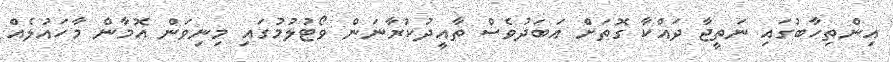
އިންތިހާބުގައި ނަތީޖާ ދައްކާ ގޮތަށް އަބަދުވެސް ތާއީދުކުރާނަން ވޯޓުލުމުގައި މިނިވަން އޮމާން މާހައުލެއް